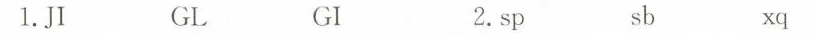
1.JI GL GI 2.sp sb xq